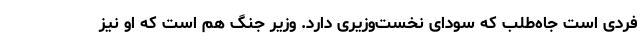
فردی است جاه‌طلب که سودای نخست‌وزیری دارد. وزیر جنگ هم است که او نیز